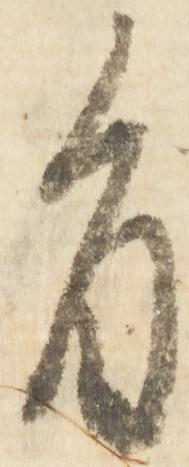
旨